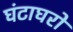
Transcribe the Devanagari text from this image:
घंटाघरों